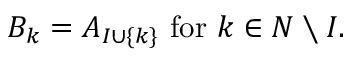
B _ { k } = A _ { I \cup \{ k \} } { \mathrm { ~ f o r ~ } } k \in N \setminus I .